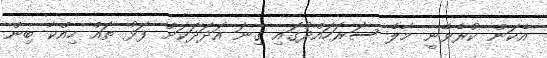
އެކަން ކުރެވޭނީ މާލެ ސަރަހައްދުގައި ގިނަ އަދަދަކަށް ފަޅު ތައް ހިއްކާ ބިން